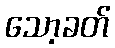
သော့ခတ်